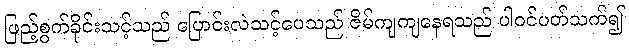
ဖြည့်စွက်ခိုင်းသင့်သည် ပြောင်းလဲသင့်ပေသည် ဇိမ်ကျကျနေရသည် ပါဝင်ပတ်သက်၍